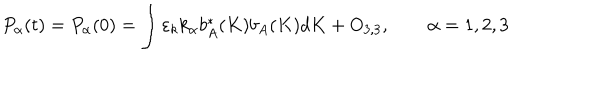
P _ { \alpha } ( t ) = P _ { \alpha } ( 0 ) = \int \varepsilon _ { k } k _ { \alpha } b _ { A } ^ { \ast } ( K ) b _ { A } ( K ) d K + O _ { 3 , 3 } , \qquad \alpha = 1 , 2 , 3